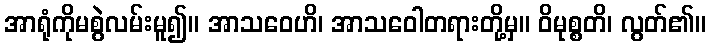
အာရုံကိုမစွဲလမ်းမူ၍။ အာသဝေဟိ၊ အာသဝေါတရားတို့မှ။ ဝိမုစ္စတိ၊ လွတ်၏။